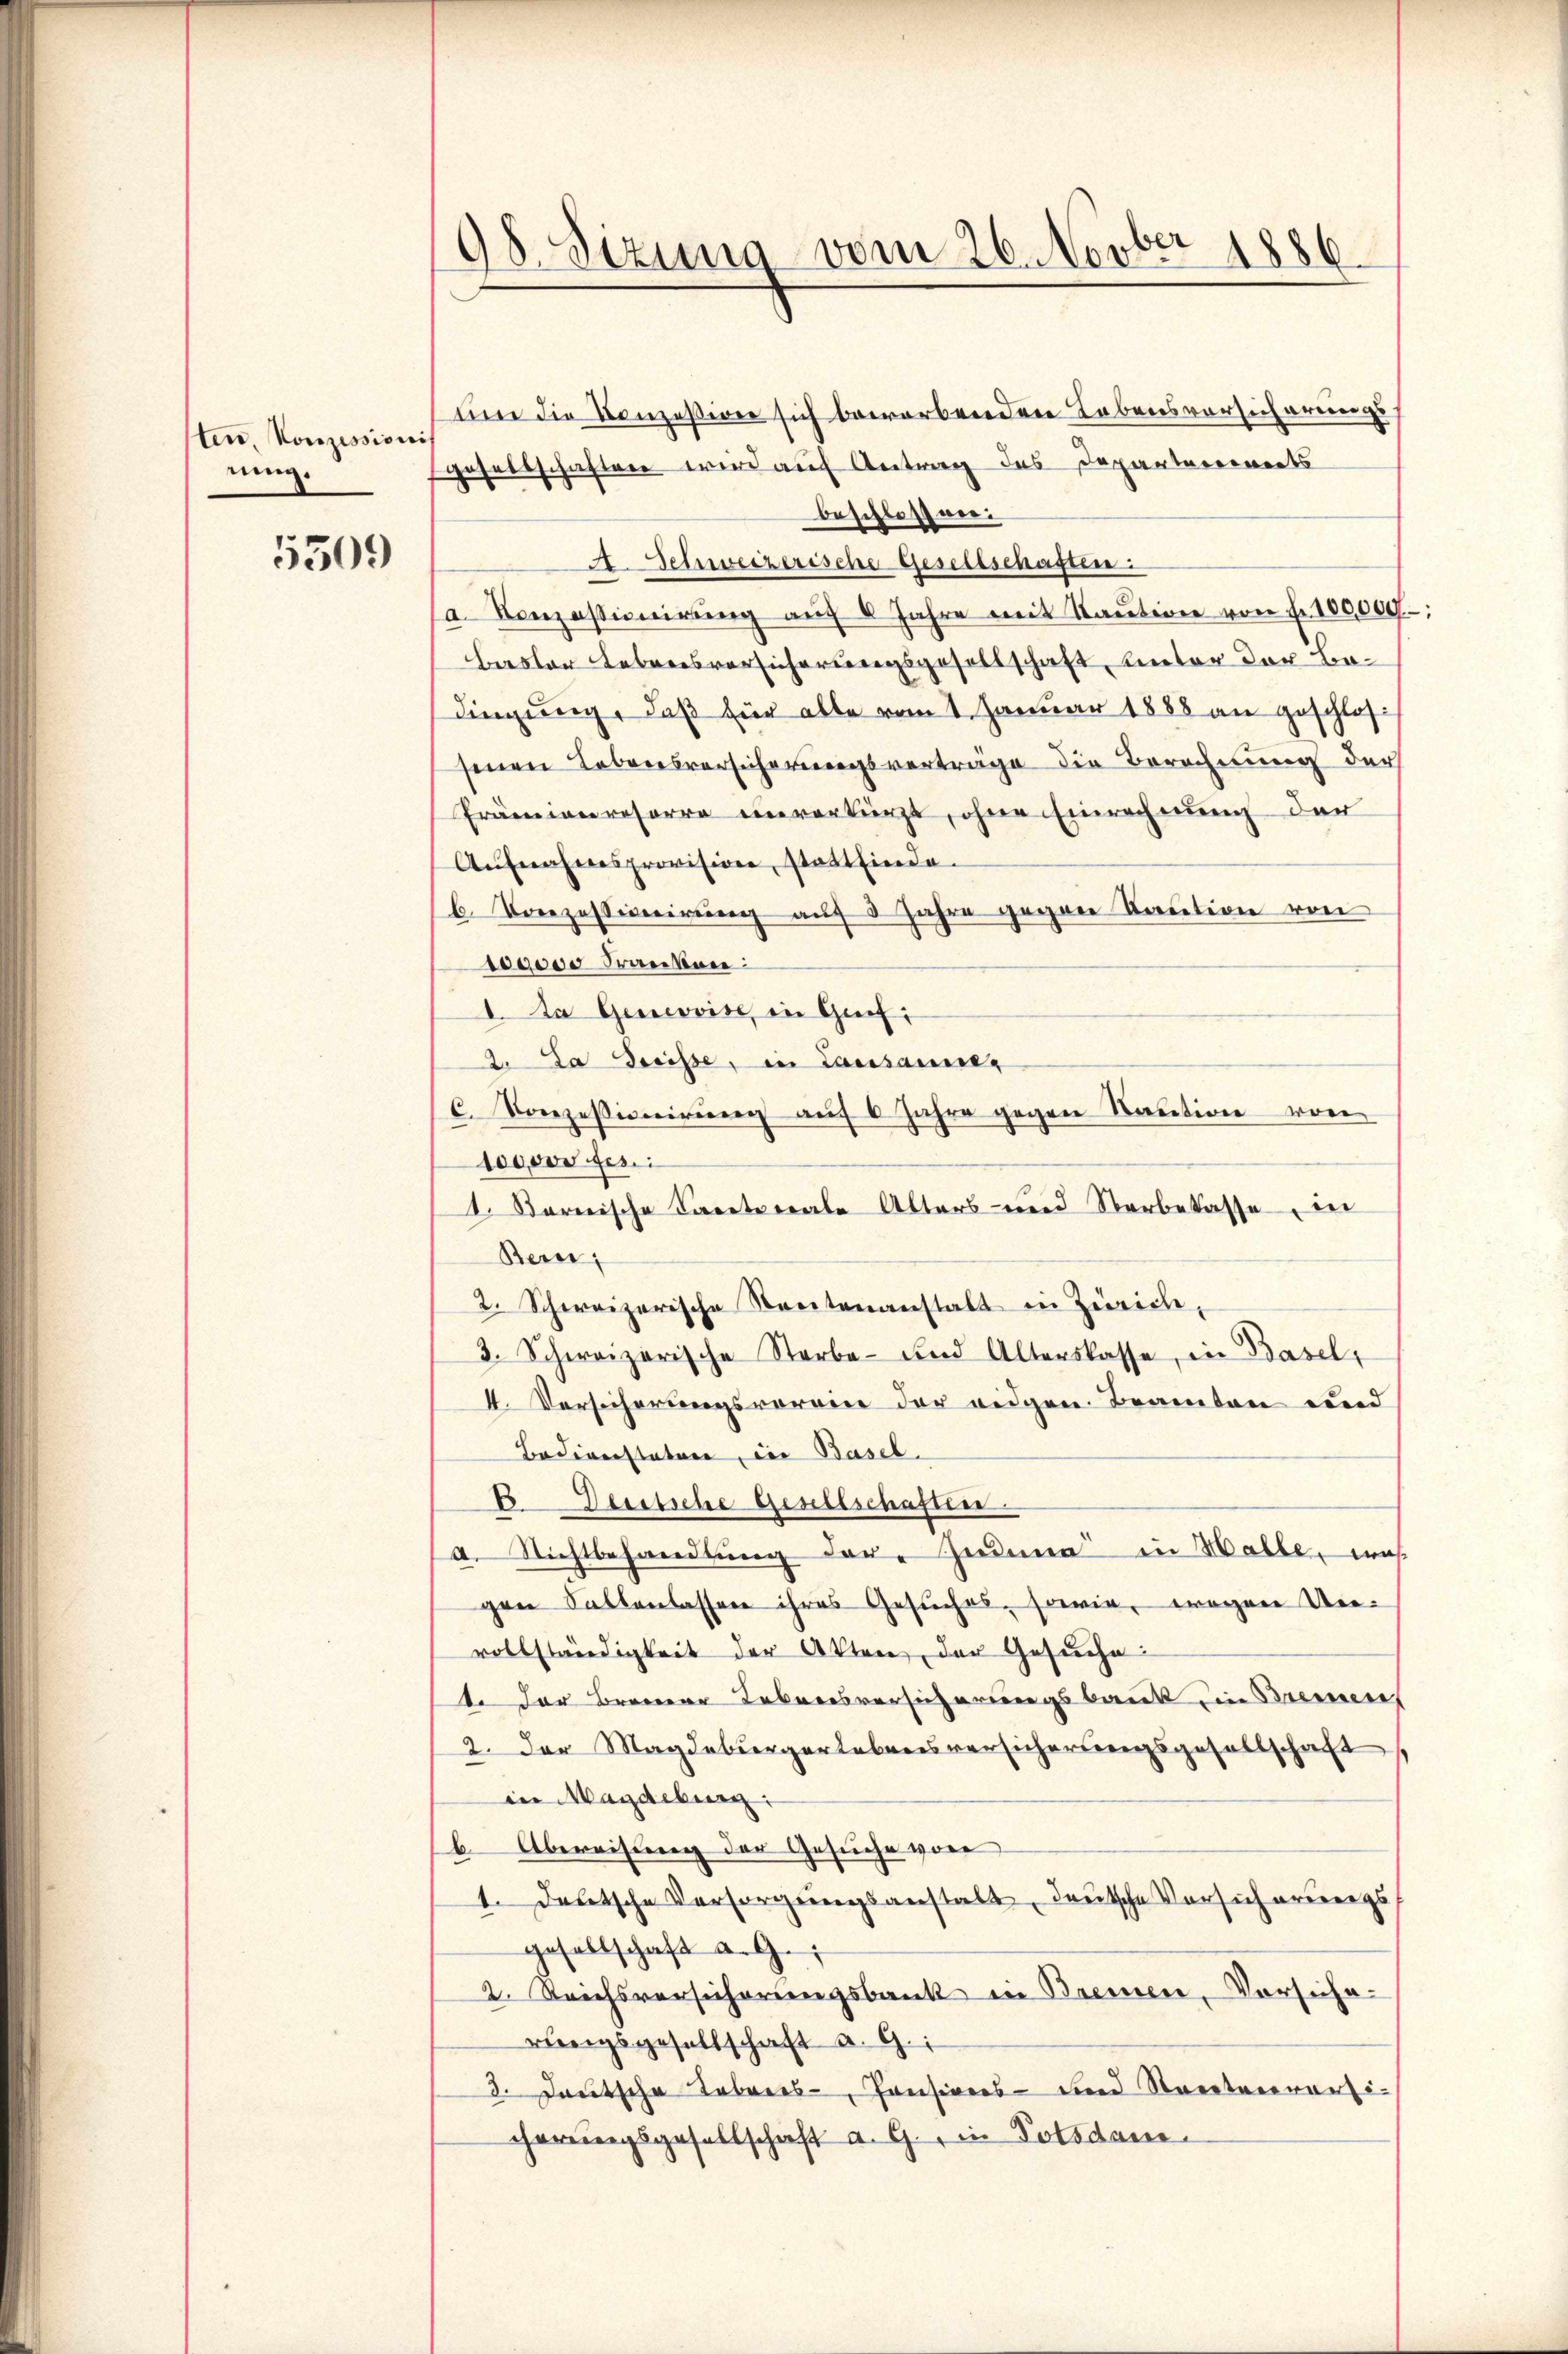
sten, Konzessioni
nung.

5309

98. Sizung vom 26. Novber 1886.

um die Konzesserer sich beworbender Lebensversicherungs
gesellschaften wird auf Antrag des Departareinerts
beschlossner
A. Schweizerische Gesellschaften:
a. Konzessionierŭng aŭf 8 Jahre mit Staŭtion von Fr. 100,000.-
bester Lebensvorsicherungsgesellschaft, unter der Bedingung, daß für alle vom 1. Januar 1888 an geschlos
senen Lebensversicherungsverträge die Berechnung der
Prämienresorre einverkürzt, ohne Einrechnung der
Aufnahmes provision, stattfinde.
b. Vorezessionirung auf 5 Jahre gegen Kaution von
100000 Franken:
I. Da Genevvise, in Gref
2. Da Dreisse, in Lausannes
C. Konzessionirung auf 6 Jahre gegen Kaution von
100000 fes
1. Kornische Saceteriale Alters- und Verbetasse der
Bern,
2. Schweizerische Streitenanstalt in Zürich,
3. Schweizerische Sterbe- und Alterskasse, in Basel,
4. Versicherungsvereine der eidgen. Beamten und
Bodiverstatore in Basel.
EDeisliche Gesellschaften
a. Nichtbehandlung der Zimer in Halle, was
gen Sallenlassen ihres Gesuches, sowie, wegen Unvollständigkeit der Akten, der Gesuche:
t der Brenner Lebensversicherungsbank in Bremen
2. Der Magdeburgerlebensversicherungsgesellschaft
in Magdeburg:
b. Abereisung der Gesuche von
1. Deutsche Versorgŭngsanstalt, deutsche Versicherungs
gesellschaft d. Ge
2. Reichsversicherungsbank in Bremen, Vorsichewenigsgesellschaft a. G.
3. Deutsche Tabreis- Consinnes- und Streitenversi-
cherungsgesellschaft a. G., in Potsdam